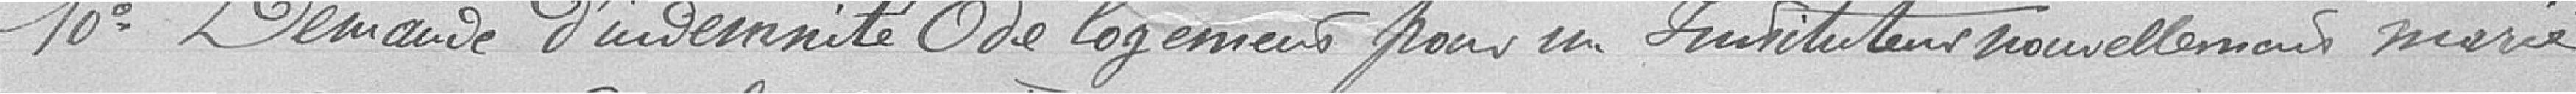
10° Demande d'indemnité de logement pour un instituteur nouvellement marié